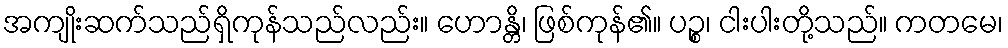
အကျိုးဆက်သည်ရှိကုန်သည်လည်း။ ဟောန္တိ၊ ဖြစ်ကုန်၏။ ပဉ္စ၊ ငါးပါးတို့သည်။ ကတမေ၊